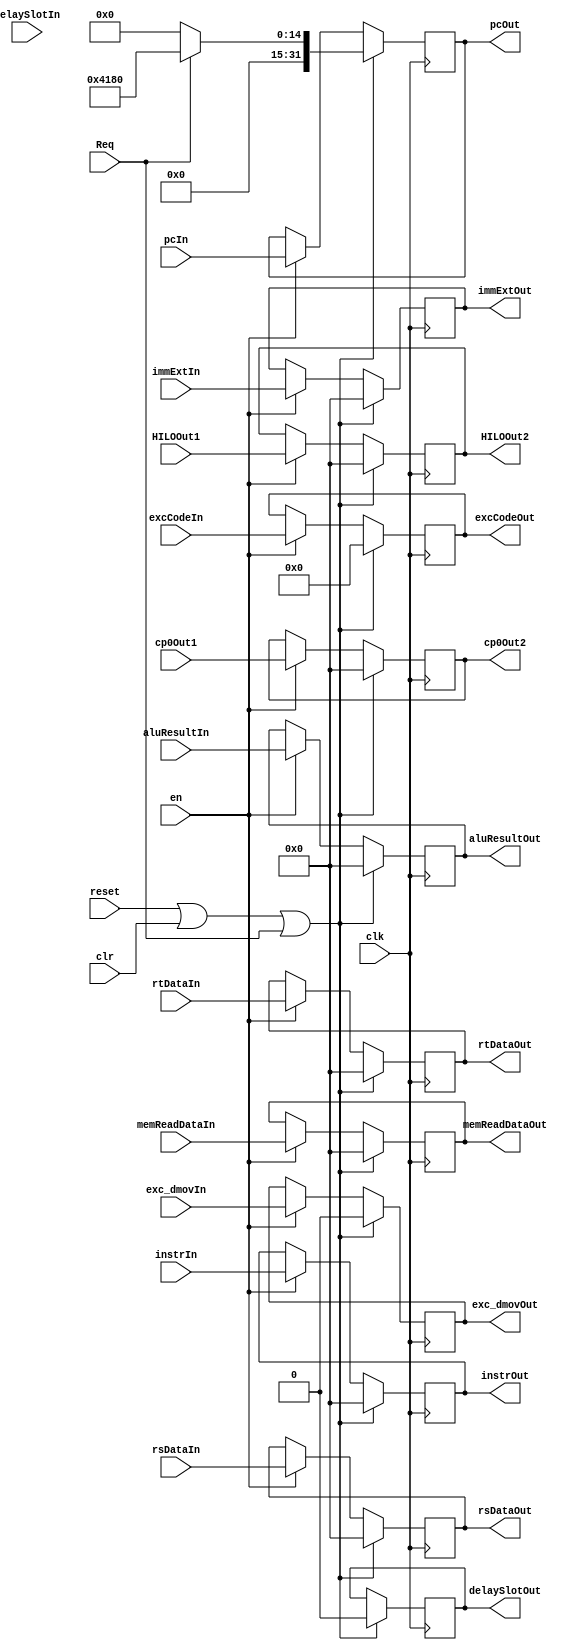
`timescale 1ns / 1ps
//////////////////////////////////////////////////////////////////////////////////
// Company: 
// Engineer: 
// 
// Design Name: 
// Module Name:    E_REG 
// Project Name: 
// Target Devices: 
// Tool versions: 
// Description: 
//
// Dependencies: 
//
// Revision: 
// Revision 0.01 - File Created
// Additional Comments: 
//
//////////////////////////////////////////////////////////////////////////////////
module M_REG(
    input clk,
    input reset,
    input clr,
	 input en,
	 input Req,
	 
    input [31:0] instrIn,
    input [31:0] pcIn,
	 input delaySlotIn,
	 input [4:0] excCodeIn,
    input [31:0] immExtIn,
    input [31:0] rsDataIn,
    input [31:0] rtDataIn,
	 input [31:0] aluResultIn,
	 input [31:0] memReadDataIn,
	 input [31:0] HILOOut1,
	 input exc_dmovIn,
	 input [31:0] cp0Out1,
	 
	 output reg [31:0] instrOut,
    output reg [31:0] pcOut,
	 output reg delaySlotOut,
	 output reg [4:0] excCodeOut,
    output reg [31:0] immExtOut,
    output reg [31:0] rsDataOut,
    output reg [31:0] rtDataOut,
	 output reg [31:0] aluResultOut,
	 output reg [31:0] memReadDataOut,
	 output reg [31:0] HILOOut2,
	 output reg exc_dmovOut,
	 output reg [31:0] cp0Out2
    );
	
	initial begin
		instrOut<=32'd0;
			pcOut<=32'd0;
			delaySlotOut<=1'd0;
			excCodeOut<=5'd0;
    		immExtOut<=32'd0;
    		rsDataOut<=32'd0;
    		rtDataOut<=32'd0;
			aluResultOut<=32'd0;
			memReadDataOut<=32'd0;
			HILOOut2<=32'd0;
			exc_dmovOut<=1'd0;
			cp0Out2<=32'd0;
	end
	always@(posedge clk)
	begin
		if(reset||clr||Req)
		begin
			instrOut<=32'd0;
			pcOut<=Req?32'h0000_4180:32'd0;
			delaySlotOut<=1'd0;
			excCodeOut<=5'd0;
    		immExtOut<=32'd0;
    		rsDataOut<=32'd0;
    		rtDataOut<=32'd0;
			aluResultOut<=32'd0;
			memReadDataOut<=32'd0;
			HILOOut2<=32'd0;
			exc_dmovOut<=1'd0;
			cp0Out2<=32'd0;
		end
		else if(en)
		begin
			instrOut<=instrIn;
			pcOut<=pcIn;
			delaySlotOut<=delaySlotOut;
			excCodeOut<=excCodeIn;
    		immExtOut<=immExtIn;
    		rsDataOut<=rsDataIn;
    		rtDataOut<=rtDataIn;
			aluResultOut<=aluResultIn;
			memReadDataOut<=memReadDataIn;
			HILOOut2<=HILOOut1;
			exc_dmovOut<=exc_dmovIn;
			cp0Out2<=cp0Out1;
		end
		else ;
	end
	
endmodule